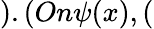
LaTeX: ).(On\psi(x),(